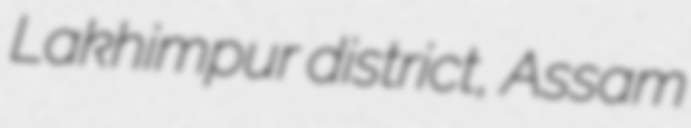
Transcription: Lakhimpur district, Assam